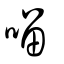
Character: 𠺕